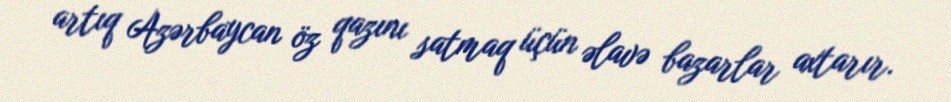
artıq Azərbaycan öz qazını satmaq üçün əlavə bazarlar axtarır.